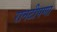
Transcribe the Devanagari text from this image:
रानटीपणा